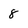
Character: 8